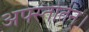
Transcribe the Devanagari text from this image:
अफ्स्तोतेन्।